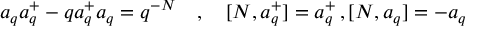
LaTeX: a _ { q } a _ { q } ^ { + } - q a _ { q } ^ { + } a _ { q } = q ^ { - N } \quad , \quad [ N , a _ { q } ^ { + } ] = a _ { q } ^ { + } \, , [ N , a _ { q } ] = - a _ { q }